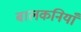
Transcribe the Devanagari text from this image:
बालकनियाँ